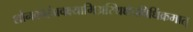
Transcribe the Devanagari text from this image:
शौनकोहंप्रवक्ष्यामिअस्थिक्षेपविधिंक्रमात्